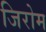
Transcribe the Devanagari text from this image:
जिरोम